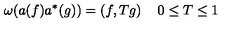
\omega ( a ( f ) a ^ { * } ( g ) ) = \left( f , T g \right) \quad 0 \leq T \leq 1